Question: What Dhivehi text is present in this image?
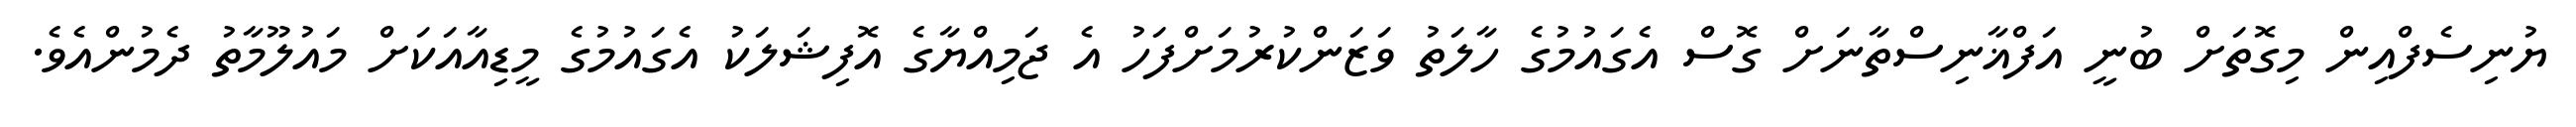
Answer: ޔުނިސެފްއިން މިގޮތަށް ބުނީ އަފްޣާނިސްތާނަށް ގޮސް އެގައުމުގެ ހާލަތު ވަޒަންކުރުމަށްފަހު އެ ޖަމިއްޔާގެ އޮފިޝަލަކު އެގައުމުގެ މީޑިއާއަކަށް މައުލޫމާތު ދެމުންއެވެ.